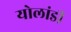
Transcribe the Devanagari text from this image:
योलांडी